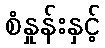
စံနှုန်းနှင့်